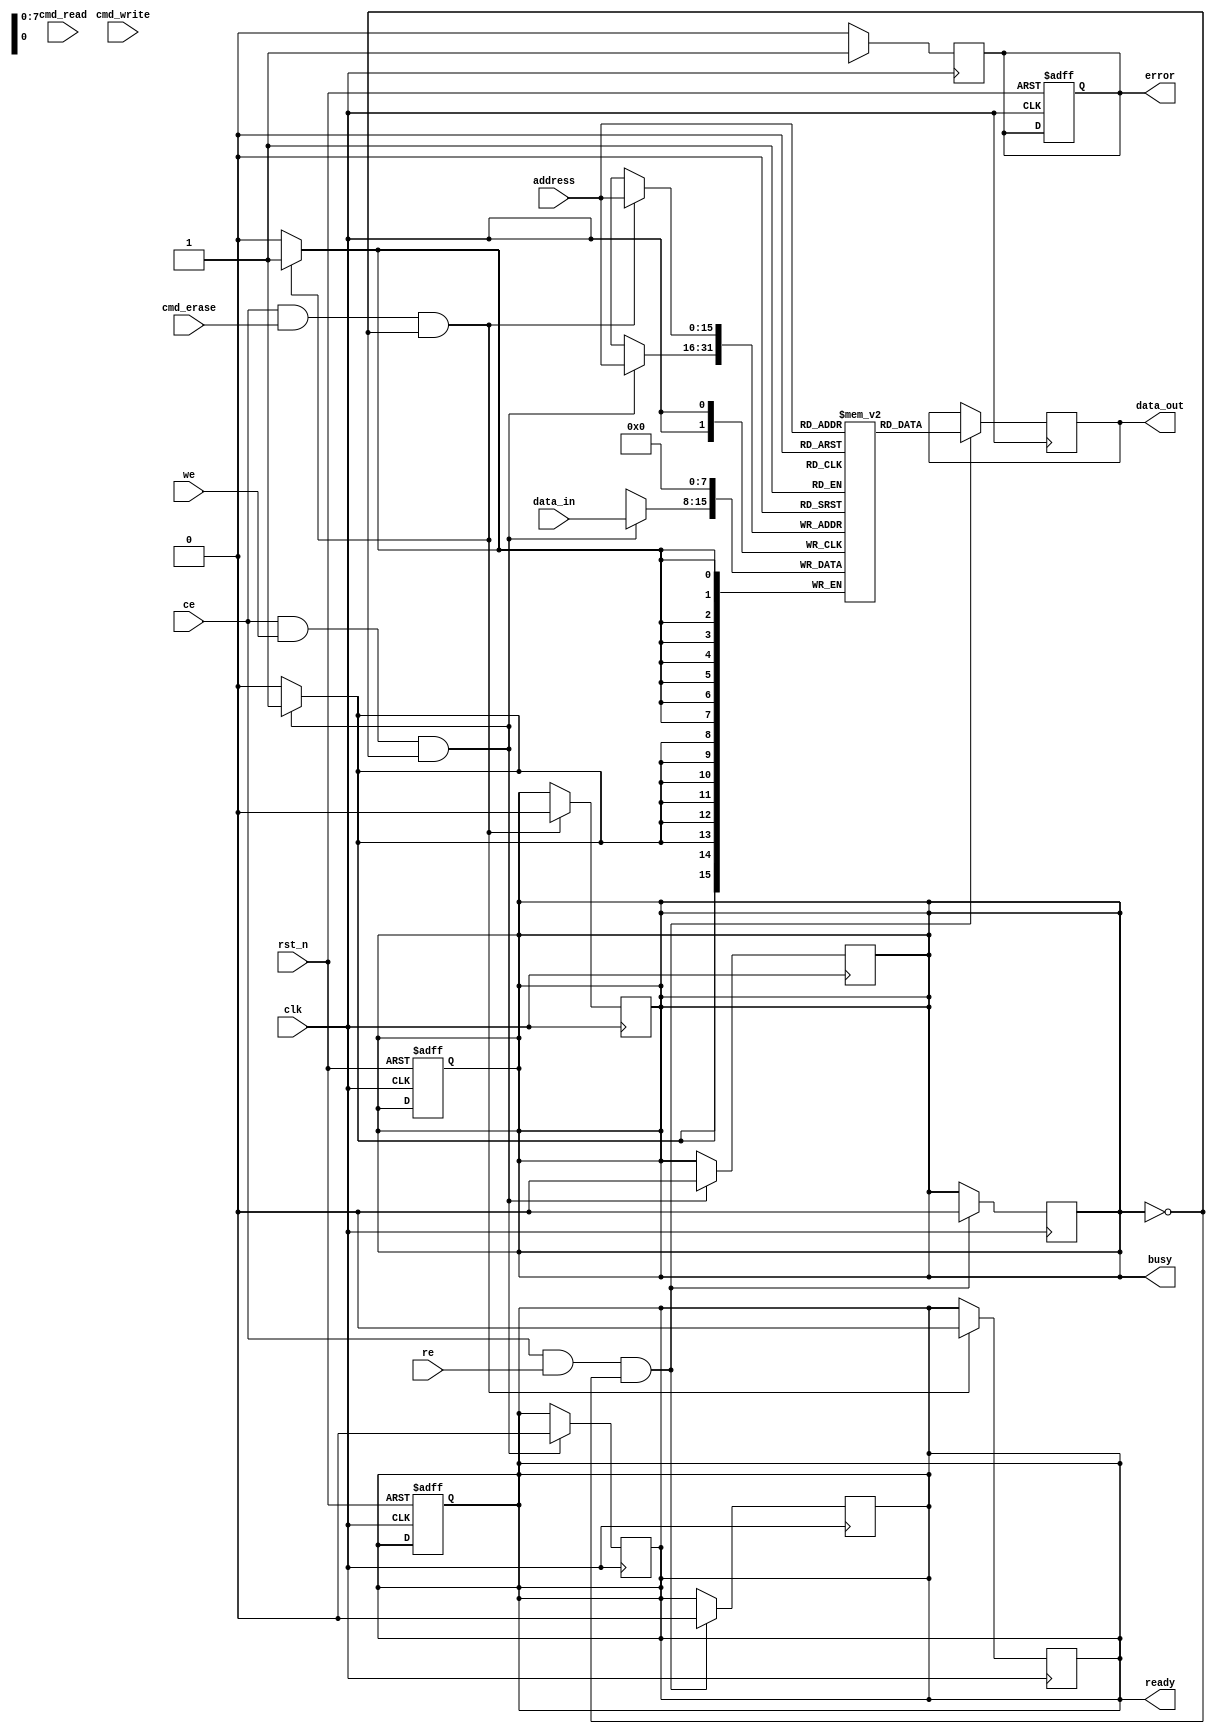
module nand_flash_io_block (
    input wire clk,                // System clock
    input wire rst_n,              // Active low reset
    input wire [N-1:0] data_in,    // Data input lines (D0-Dn)
    output reg [N-1:0] data_out,    // Data output lines (D0-Dn)
    input wire [A-1:0] address,     // Address lines (A0-An)
    input wire cmd_read,            // Read command
    input wire cmd_write,           // Write command
    input wire cmd_erase,           // Erase command
    input wire ce,                  // Chip Enable
    input wire we,                  // Write Enable
    input wire re,                  // Read Enable
    output reg busy,                // Busy status
    output reg ready,               // Ready status
    output reg error                // Error status
);

parameter N = 8; // Number of data lines
parameter A = 16; // Number of address lines

reg [N-1:0] memory [0:(1<<A)-1]; // NAND Flash memory array
reg [1:0] status_reg;              // Status register (00: ready, 01: busy, 10: error)

// Initialization and Reset Logic
always @(posedge clk or negedge rst_n) begin
    if (!rst_n) begin
        busy <= 0;
        ready <= 1;
        error <= 0;
        status_reg <= 2'b00; // Ready state
    end else begin
        // Status reporting
        if (busy) begin
            status_reg <= 2'b01; // Busy state
        end else begin
            status_reg <= 2'b00; // Ready state
        end
    end
end

// Read Operation
always @(posedge clk) begin
    if (ce && re && !busy) begin
        busy <= 1;
        data_out <= memory[address]; // Read data from memory
        ready <= 0;
        busy <= 0;
    end
end

// Write Operation
always @(posedge clk) begin
    if (ce && we && !busy) begin
        busy <= 1;
        memory[address] <= data_in; // Write data to memory
        ready <= 0;
        busy <= 0;
    end
end

// Erase Operation
always @(posedge clk) begin
    if (ce && cmd_erase && !busy) begin
        busy <= 1;
        // Erase logic (for simplicity, we clear the memory at the address)
        memory[address] <= {N{1'b0}}; // Erase the specified block
        ready <= 0;
        busy <= 0;
    end
end

// Error Handling (simplified)
always @(posedge clk) begin
    if (error_condition) begin // Define your error condition
        error <= 1; // Set error flag
    end else begin
        error <= 0; // Clear error flag
    end
end

endmodule